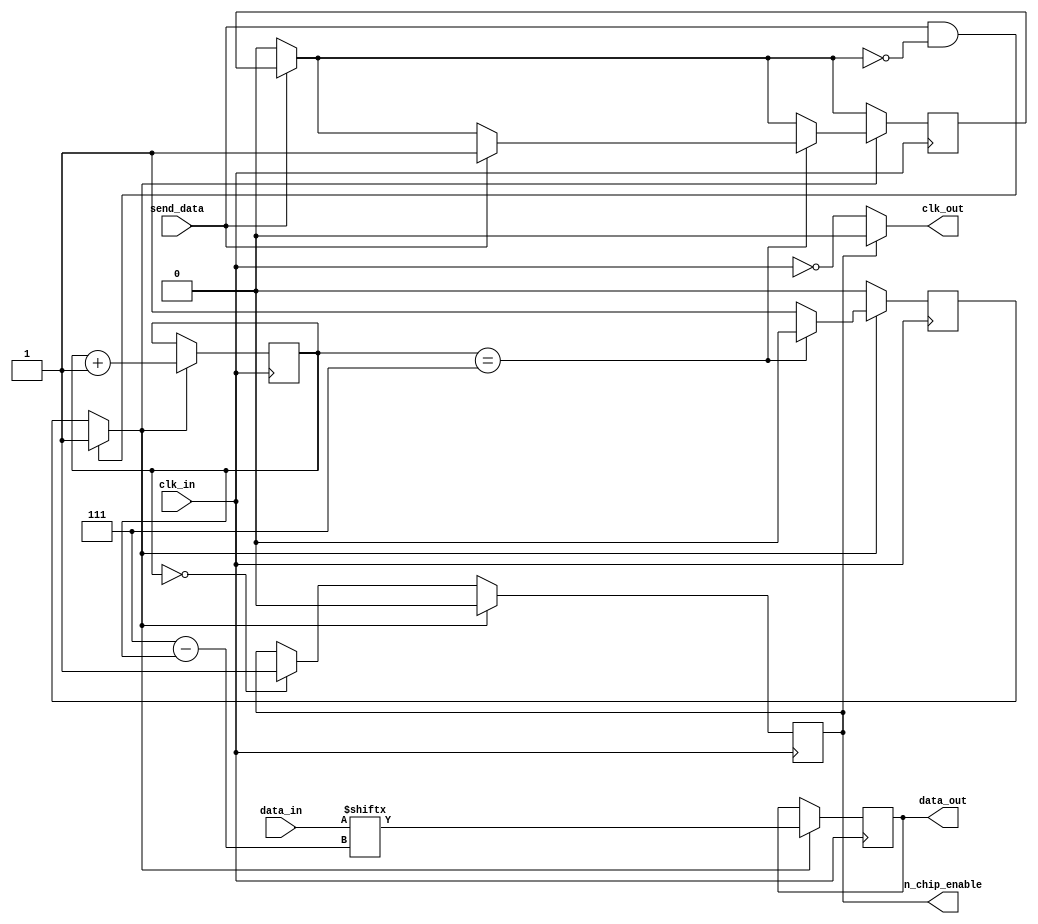
 module SPI_Serialiser (
 input  wire clk_in,
 input wire send_data,
 input wire [7:0] data_in,
 output reg data_out = 1'b0,
 output reg clk_out = 1'b0,
 output reg n_chip_enable = 1'b1
 );


 reg send_flag = 1'b0;
 reg transmit_finished = 1'b0;
 reg [2:0] counter = 3'b0; 
 
 
 always @ (posedge clk_in)
 begin
 	if (send_data == 1'b0) begin
 		transmit_finished = 1'b0;
 	end
 	if (send_data == 1'b1 && !transmit_finished) begin
 		send_flag = 1'b1;
 	end
 	if (send_flag == 1'b1) begin
 		n_chip_enable <= 1'b0;
 		data_out <= data_in[3'd7 - counter];
 		counter <= counter + 3'b1;
 		if (counter == 3'd7) begin
 			send_flag <= 1'b0;
 			if (send_data == 1'b1) begin
 				transmit_finished = 1'b1;
 			end
 		end
 	end
 	else if (counter == 3'b0) begin
 		n_chip_enable <= 1'b1;
 	end
 end
 
 always @* begin
 	if (n_chip_enable == 1'b0) begin
 		clk_out <= ~clk_in;
 	end
 	else begin
 		clk_out <= 1'b0;
 	end
 end
 	
 endmodule